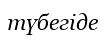
түбегіде